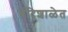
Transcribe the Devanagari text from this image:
बंदिशाळेत